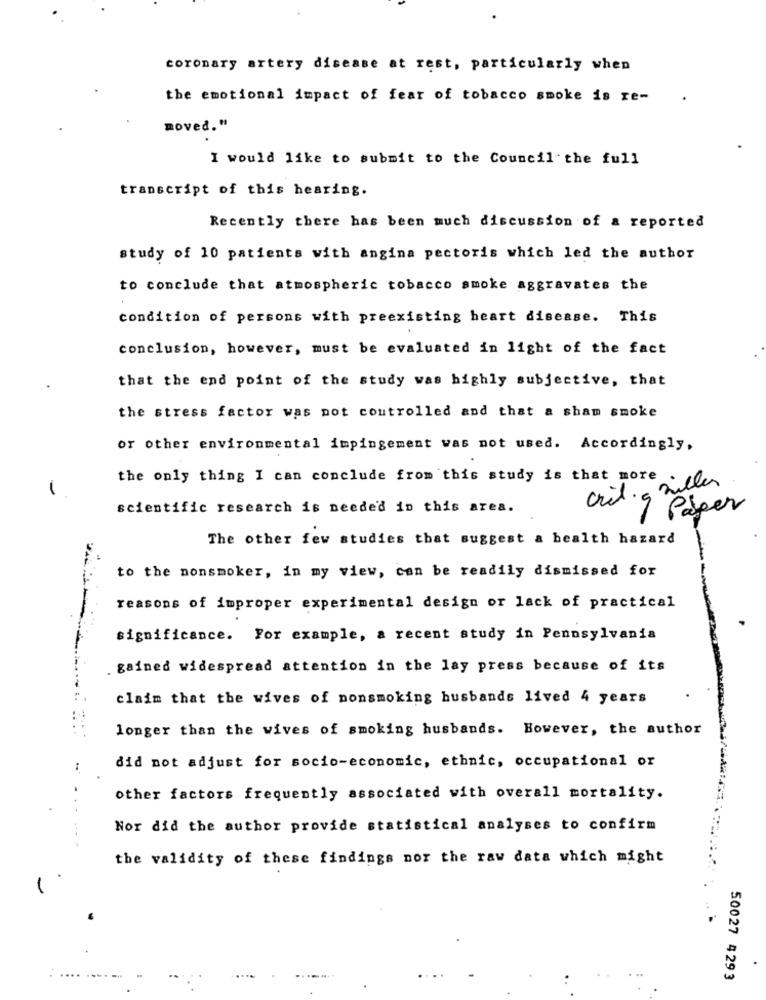
coronary artery disease at rest, particularly when
the emotional impact of fear of tobacco smoke is re-
moved."
I would like to submit to the Council the full
transcript of this hearing.
Recently there has been much discussion of a reported
study of 10 patients with angina pectoris which led the author
to conclude that atmospheric tobacco smoke aggravates the
condition of persons with preexisting heart disease. This
conclusion, however, must be evaluated in light of the fact
that the end point of the study was highly subjective, that
the stress factor was not controlled and that a sham smoke
or other environmental impingement was not used. Accordingly,
the only thing I can conclude from this study is that more . cler
criti q mil
scientific research is needed in this area.
·7 Paper
The other few studies that suggest a bealth hazard
to the nonsmoker, in my view, can be readily dismissed for
reasons of improper experimental design or lack of practical
significance. For example, a recent study in Pennsylvania
gained widespread attention in the lay press because of its
claim that the wives of nonsmoking husbands lived 4 years
longer than the wives of smoking husbands. However, the author
did not adjust for socio-economic, ethnic, occupational or
other factors frequently associated with overall mortality.
...
Nor did the author provide statistical analyses to confirm
the validity of these findings nor the raw data which might
...
.
--..
50027 4293